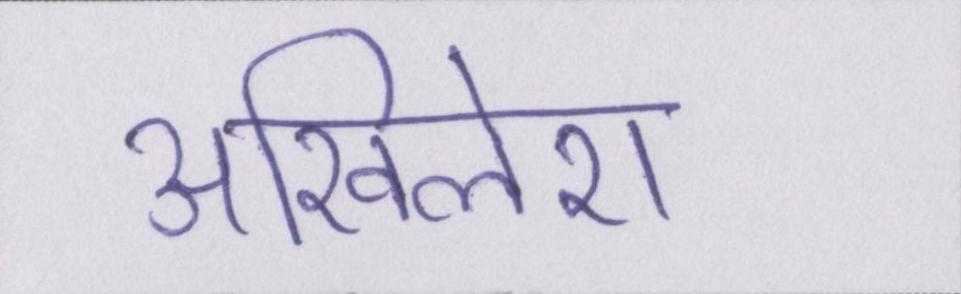
अखिलेश